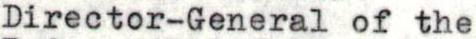
Director-General of the